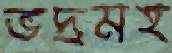
ভদ্রমহ